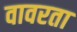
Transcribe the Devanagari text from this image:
वावरता